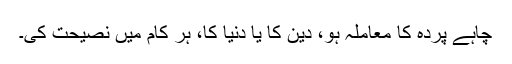
چاہے پردہ کا معاملہ ہو، دین کا یا دنیا کا، ہر کام میں نصیحت کی۔